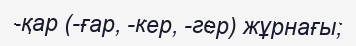
-қар (-ғар, -кер, -гер) жұрнағы;